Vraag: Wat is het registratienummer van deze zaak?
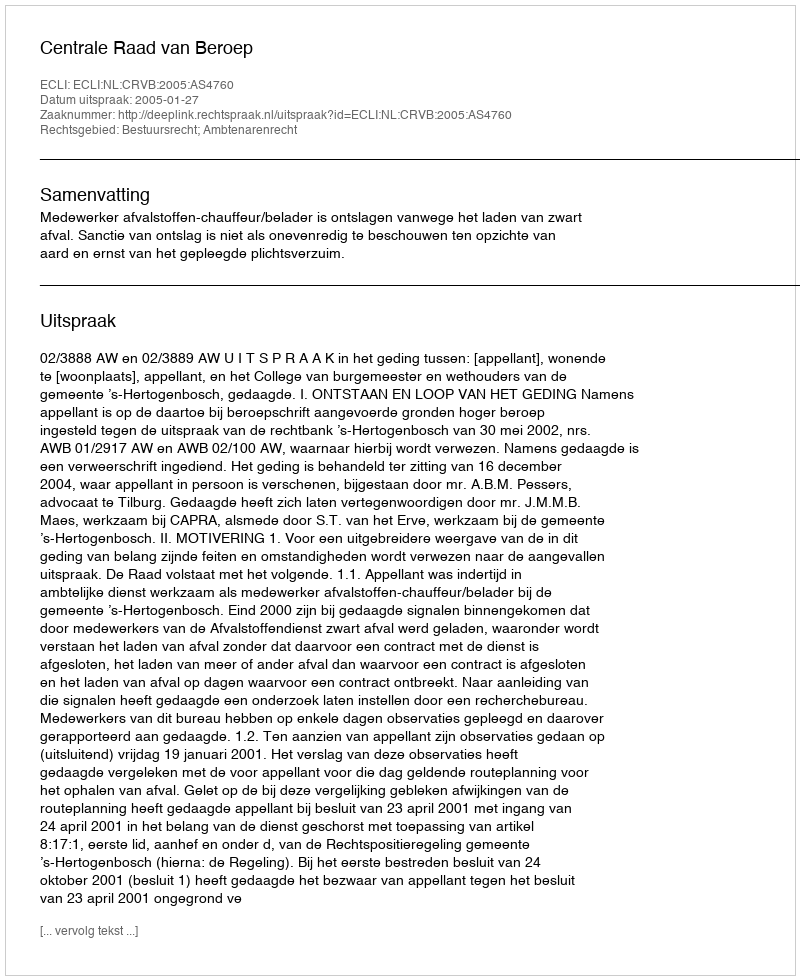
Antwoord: http://deeplink.rechtspraak.nl/uitspraak?id=ECLI:NL:CRVB:2005:AS4760